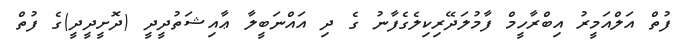
ފުތް އަލްއަމީރު އިބްރާހީމް ފާމުލަދޭރިކިލެގެފާނު ގެ ދި އައްނަބީލާ ޢާއިޝަތުދީދީ (ދޮށީދީދީ)ގެ ފުތް